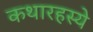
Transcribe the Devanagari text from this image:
कथारहस्ये